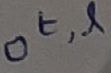
Text: ot,l